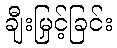
ချီးမြှင့်ခြင်း